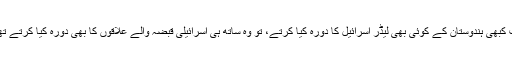
جب کبھی ہندوستان کے کوئی بھی لیڈر اسرائیل کا دورہ کیا کرتے، تو وہ ساتھ ہی اسرائیلی قبضہ والے علاقوں کا بھی دورہ کیا کرتے تھے۔